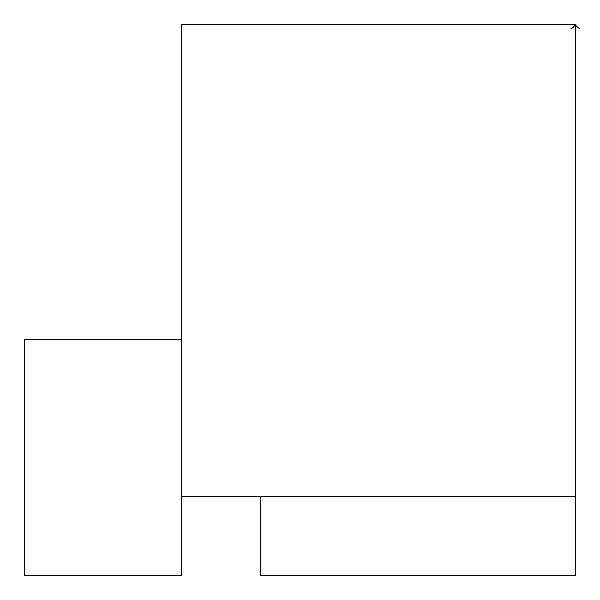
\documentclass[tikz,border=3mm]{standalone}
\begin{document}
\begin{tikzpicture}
\draw (9,12) rectangle (4,18);
\draw[->] (9,17) -- (9,18);
\draw (9,11) rectangle (5,12);
\draw (4,14) rectangle (2,11);
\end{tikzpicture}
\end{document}